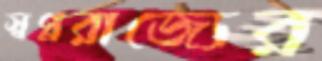
স্বপ্নরাজ্যের